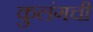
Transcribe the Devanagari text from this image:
कुलंगची